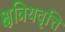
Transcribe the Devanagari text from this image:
क्षत्रियवृत्ति